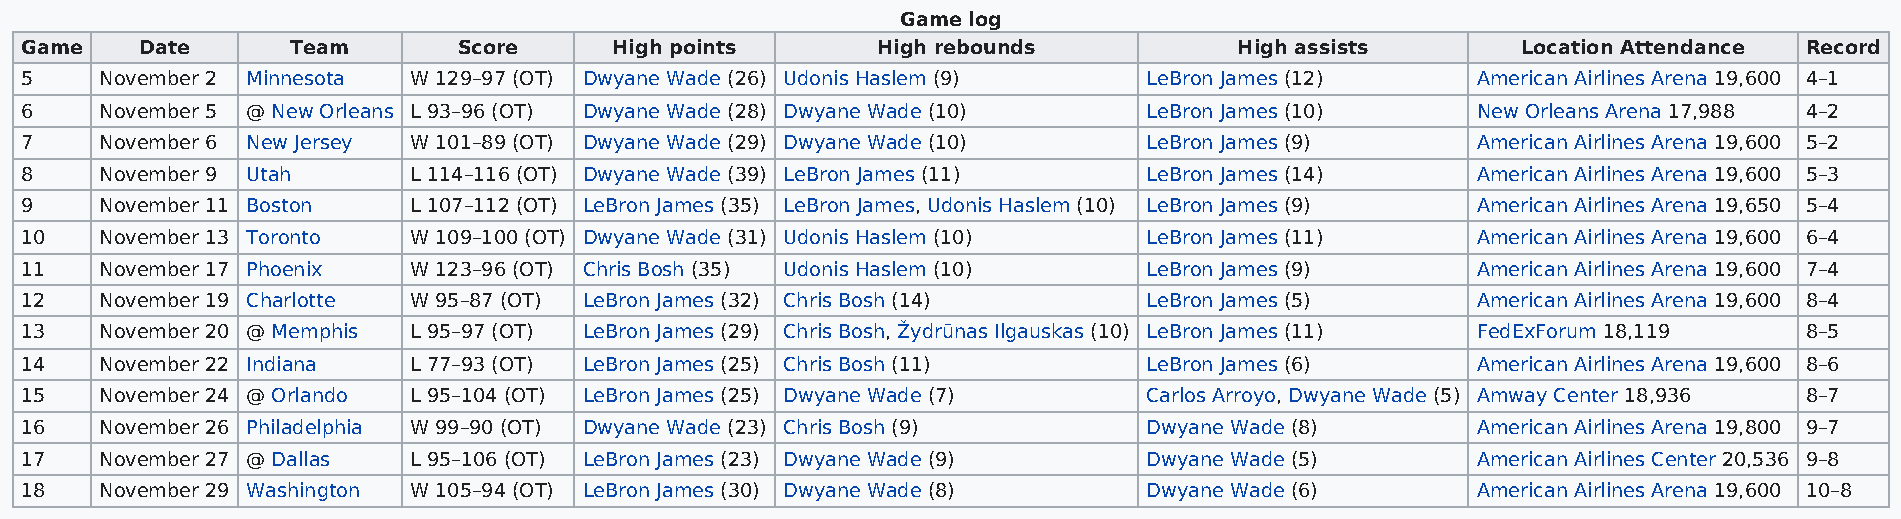
Game log
 Game    Date      Team       Score      High points      High rebounds           High assists       Location Attendance Record
 5     November 2 Minnesota W 129–97 (OT) Dwyane Wade (26) Udonis Haslem (9) LeBron James (12)    American Airlines Arena 19,600 4–1
 6     November 5 @ New Orleans L 93–96 (OT) Dwyane Wade (28) Dwyane Wade (10) LeBron James (10)  New Orleans Arena 17,988 4–2
 7     November 6 New Jersey W 101–89 (OT) Dwyane Wade (29) Dwyane Wade (10) LeBron James (9)     American Airlines Arena 19,600 5–2
 8     November 9 Utah     L 114–116 (OT) Dwyane Wade (39) LeBron James (11) LeBron James (14)    American Airlines Arena 19,600 5–3
 9     November 11 Boston  L 107–112 (OT) LeBron James (35) LeBron James, Udonis Haslem (10) LeBron James (9) American Airlines Arena 19,650 5–4
 10    November 13 Toronto W 109–100 (OT) Dwyane Wade (31) Udonis Haslem (10) LeBron James (11)   American Airlines Arena 19,600 6–4
 11    November 17 Phoenix W 123–96 (OT) Chris Bosh (35) Udonis Haslem (10) LeBron James (9)      American Airlines Arena 19,600 7–4
 12    November 19 Charlotte W 95–87 (OT) LeBron James (32) Chris Bosh (14) LeBron James (5)      American Airlines Arena 19,600 8–4
 13    November 20 @ Memphis L 95–97 (OT) LeBron James (29) Chris Bosh, Žydrūnas Ilgauskas (10) LeBron James (11) FedExForum 18,119 8–5
 14    November 22 Indiana L 77–93 (OT) LeBron James (25) Chris Bosh (11)   LeBron James (6)      American Airlines Arena 19,600 8–6
 15    November 24 @ Orlando L 95–104 (OT) LeBron James (25) Dwyane Wade (7) Carlos Arroyo, Dwyane Wade (5) Amway Center 18,936 8–7
 16    November 26 Philadelphia W 99–90 (OT) Dwyane Wade (23) Chris Bosh (9) Dwyane Wade (8)      American Airlines Arena 19,800 9–7
 17    November 27 @ Dallas L 95–106 (OT) LeBron James (23) Dwyane Wade (9) Dwyane Wade (5)       American Airlines Center 20,536 9–8
 18    November 29 Washington W 105–94 (OT) LeBron James (30) Dwyane Wade (8) Dwyane Wade (6)     American Airlines Arena 19,600 10–8